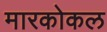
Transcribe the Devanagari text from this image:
मारकोकल